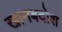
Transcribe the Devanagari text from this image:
खानबदोश